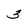
Character: 3